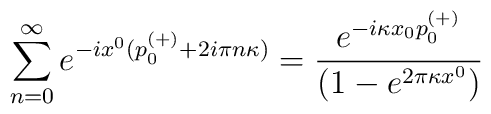
\sum\limits^{\infty}_{n=0} e^{-ix^{0}(p_{0}^{(+ )} +2i\pi n \kappa)}= {e^{-i\kappa x_{0} p_{0}^{(+)}}\over \left( 1 - e^{2\pi \kappa x^{0}}\right)}